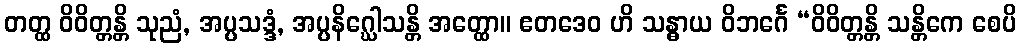
တတ္ထ ဝိဝိတ္တန္တိ သုညံ, အပ္ပသဒ္ဒံ, အပ္ပနိဂ္ဃေါသန္တိ အတ္ထော။ ဧတဒေဝ ဟိ သန္ဓာယ ဝိဘင်္ဂေ “ဝိဝိတ္တန္တိ သန္တိကေ စေပိ